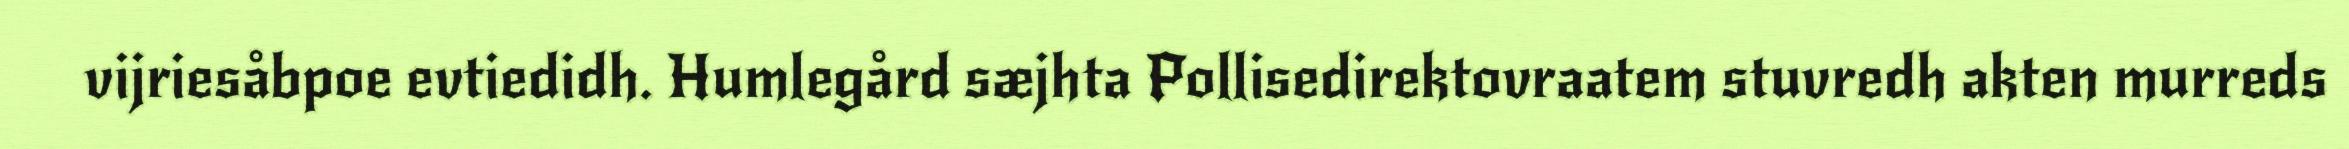
vijriesåbpoe evtiedidh. Humlegård sæjhta Pollisedirektovraatem stuvredh akten murreds